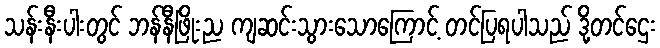
သန်းနီးပါးတွင် ဘန်နီဖြိုးည ကျဆင်းသွားသောကြောင့် တင်ပြရပါသည် ဒို့တင်ဌေး